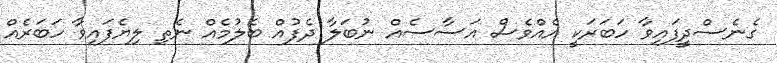
ގެނެސްދީފައިވާ ހަބަރަކީ އެއްވެސް އަސާސެއް ނުބަލާ ދެފުއް ބެލުމެއް ނެތި ލިޔެފައިވާ ހަބަރެއް